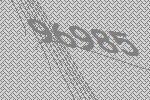
96985